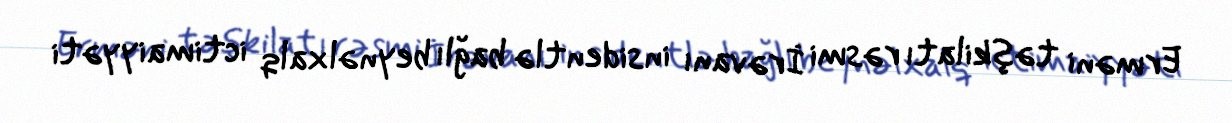
Erməni təşkilatı rəsmi İrəvanı insidentlə bağlı beynəlxalq ictimaiyyəti